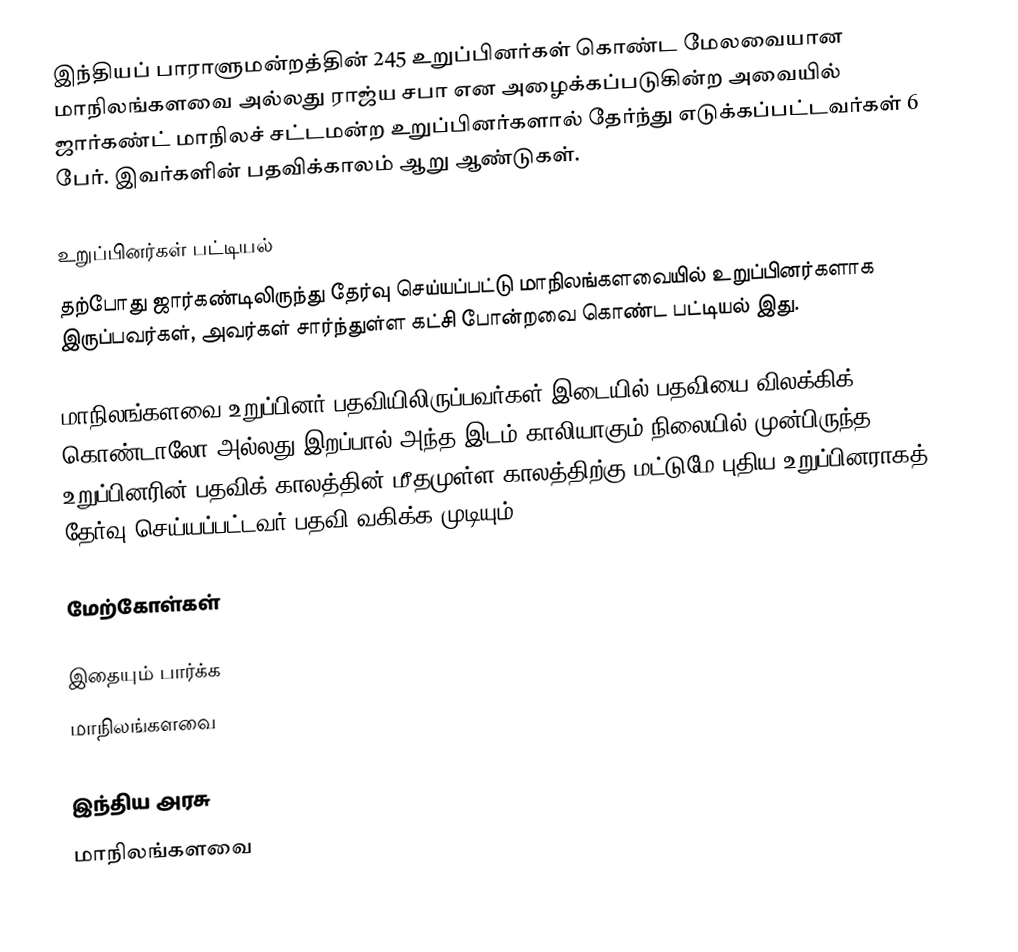
இந்தியப் பாராளுமன்றத்தின் 245 உறுப்பினர்கள் கொண்ட மேலவையான மாநிலங்களவை அல்லது ராஜ்ய சபா  என அழைக்கப்படுகின்ற அவையில் ஜார்கண்ட் மாநிலச் சட்டமன்ற உறுப்பினர்களால் தேர்ந்து எடுக்கப்பட்டவர்கள் 6 பேர். இவர்களின் பதவிக்காலம் ஆறு ஆண்டுகள்.

உறுப்பினர்கள் பட்டியல்
தற்போது ஜார்கண்டிலிருந்து தேர்வு செய்யப்பட்டு மாநிலங்களவையில் உறுப்பினர்களாக இருப்பவர்கள், அவர்கள் சார்ந்துள்ள கட்சி போன்றவை கொண்ட பட்டியல் இது.

 மாநிலங்களவை உறுப்பினர் பதவியிலிருப்பவர்கள் இடையில் பதவியை விலக்கிக் கொண்டாலோ அல்லது இறப்பால் அந்த இடம் காலியாகும் நிலையில் முன்பிருந்த உறுப்பினரின் பதவிக் காலத்தின் மீதமுள்ள காலத்திற்கு மட்டுமே புதிய உறுப்பினராகத் தேர்வு செய்யப்பட்டவர் பதவி வகிக்க முடியும்.

மேற்கோள்கள்

இதையும் பார்க்க
மாநிலங்களவை

இந்திய அரசு
மாநிலங்களவை